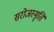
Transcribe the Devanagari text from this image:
सरोजस्मृति